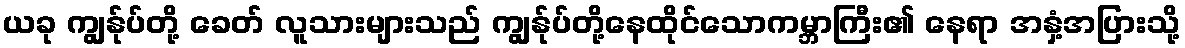
ယခု ကျွန်ုပ်တို့ ခေတ် လူသားများသည် ကျွန်ုပ်တို့နေထိုင်သောကမ္ဘာကြီး၏ နေရာ အနှံ့အပြားသို့